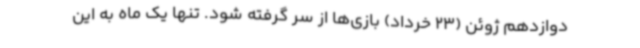
دوازدهم ژوئن (23 خرداد) بازی‌ها از سر گرفته شود. تنها یک ماه به این